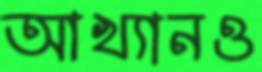
আখ্যানও